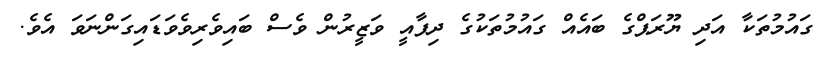
ގައުމުތަކާ އަދި ޔޫރަޕްގެ ބައެއް ގައުމުތަކުގެ ދިފާއީ ވަޒީރުން ވެސް ބައިވެރިވެވަޑައިގަންނަވަ އެވެ.